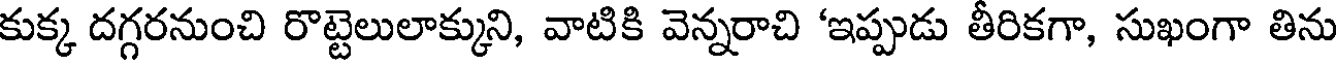
కుక్క దగ్గరనుంచి రొట్టెలులాక్కుని, వాటికి వెన్నరాచి 'ఇప్పుడు తీరికగా, సుఖంగా తిను